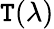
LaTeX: \mathtt{T}(\lambda)